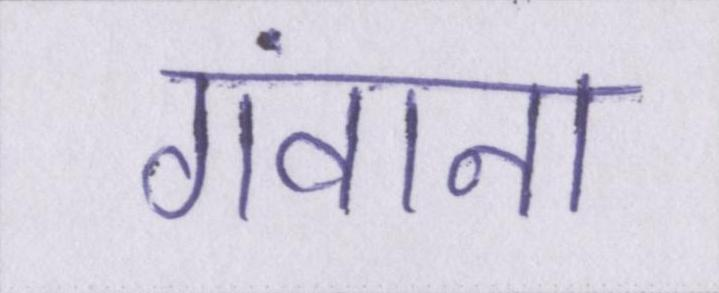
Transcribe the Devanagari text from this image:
गंवाना